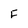
Character: F